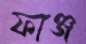
ফাঞ্জ